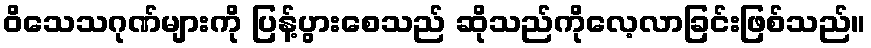
ဝိသေသဂုဏ်များကို ပြန့်ပွားစေသည် ဆိုသည်ကိုလေ့လာခြင်းဖြစ်သည်။